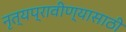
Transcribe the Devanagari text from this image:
नृत्यप्रावीण्यासाठी